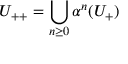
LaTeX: U _ { + + } = \bigcup _ { n \geq 0 } \alpha ^ { n } ( U _ { + } )